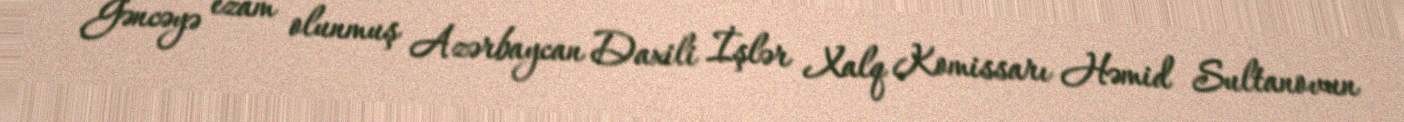
Gəncəyə ezam olunmuş Azərbaycan Daxili İşlər Xalq Komissarı Həmid Sultanovun